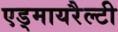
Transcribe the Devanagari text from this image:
एड्मायरैल्टी